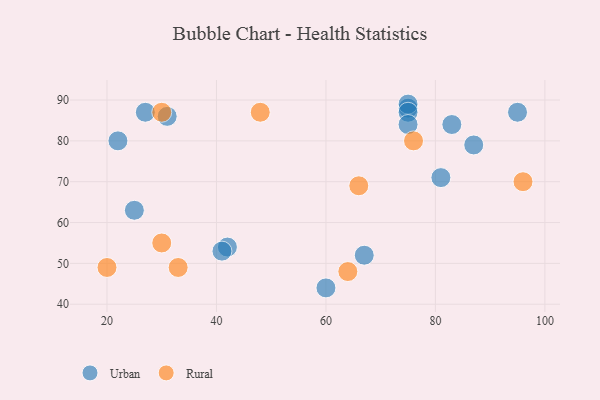
{"axis": {"x": "GDP", "y": "Life Expectancy"}, "legend": ["Rural", "Urban"], "data": [{"x": "25", "y": 63, "type": "Urban"}, {"x": "60", "y": 44, "type": "Urban"}, {"x": "27", "y": 87, "type": "Urban"}, {"x": "67", "y": 52, "type": "Urban"}, {"x": "42", "y": 54, "type": "Urban"}, {"x": "75", "y": 88, "type": "Urban"}, {"x": "41", "y": 53, "type": "Urban"}, {"x": "31", "y": 86, "type": "Urban"}, {"x": "87", "y": 79, "type": "Urban"}, {"x": "81", "y": 71, "type": "Urban"}, {"x": "75", "y": 89, "type": "Urban"}, {"x": "95", "y": 87, "type": "Urban"}, {"x": "75", "y": 87, "type": "Urban"}, {"x": "75", "y": 84, "type": "Urban"}, {"x": "83", "y": 84, "type": "Urban"}, {"x": "22", "y": 80, "type": "Urban"}, {"x": "64", "y": 48, "type": "Rural"}, {"x": "20", "y": 49, "type": "Rural"}, {"x": "66", "y": 69, "type": "Rural"}, {"x": "96", "y": 70, "type": "Rural"}, {"x": "33", "y": 49, "type": "Rural"}, {"x": "30", "y": 87, "type": "Rural"}, {"x": "48", "y": 87, "type": "Rural"}, {"x": "30", "y": 55, "type": "Rural"}, {"x": "76", "y": 80, "type": "Rural"}]}